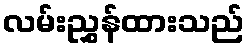
လမ်းညွှန်ထားသည်